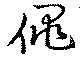
僵